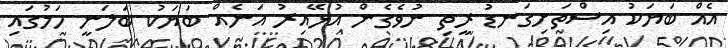
އެއް ބަޔަކު އިސްތަށިގަނޑު ރީތި ނުވެގެން އުޅޭއިރު އަނެއް ބަޔަކު ބަލަނީ ހަމުގައި